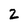
Character: 2